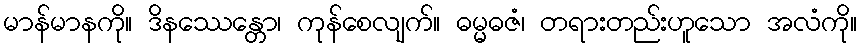
မာန်မာနကို။ ဒိနဿေန္တော၊ ကုန်စေလျက်။ ဓမ္မဓဇံ၊ တရားတည်းဟူသော အလံကို။